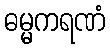
ဓမ္မကရဏံ